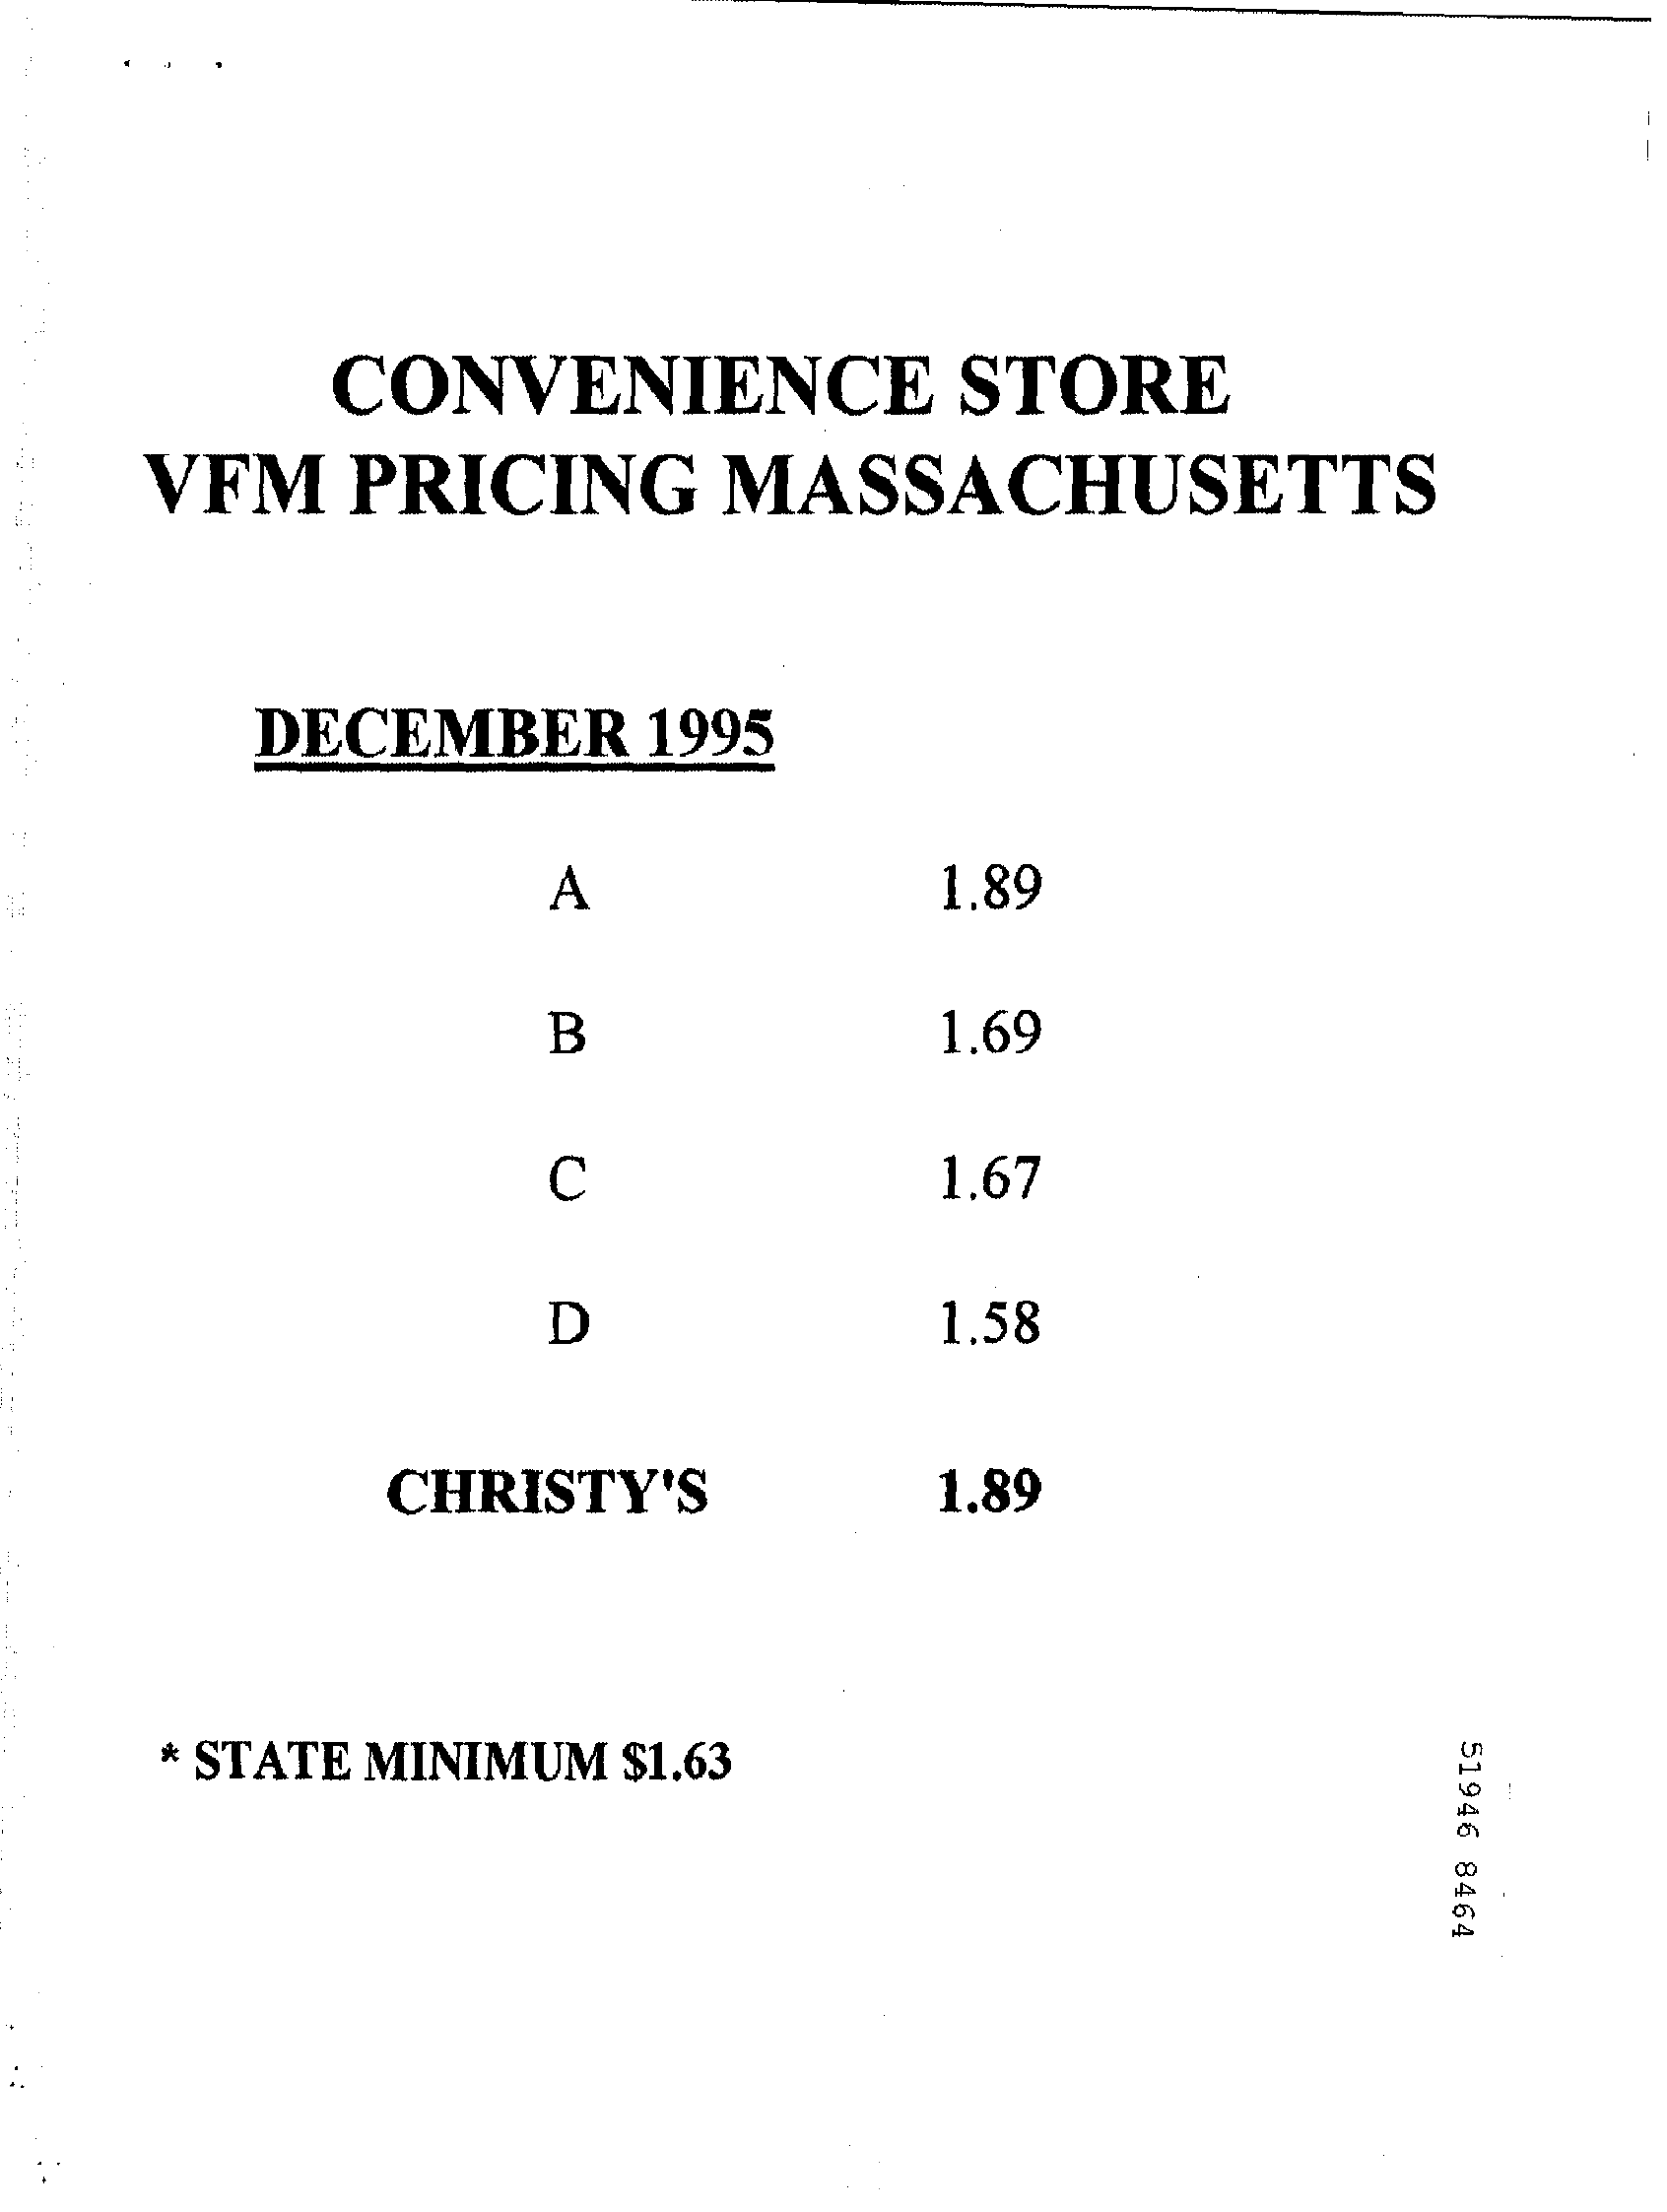
CONVENIENCE STORE
   VFM PRICING MASSACHUSETTS
     DECEMBER 1995
     A    1.89
     B    1.69
     C    1.67
     D    1.58
     CHRISTY'S 1.89
   * STATE MINIMUM $1.63  51946
     8464